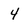
Character: 4